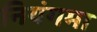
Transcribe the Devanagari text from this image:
नियंगमा